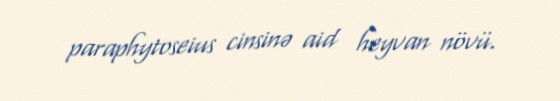
paraphytoseius cinsinə aid heyvan növü.